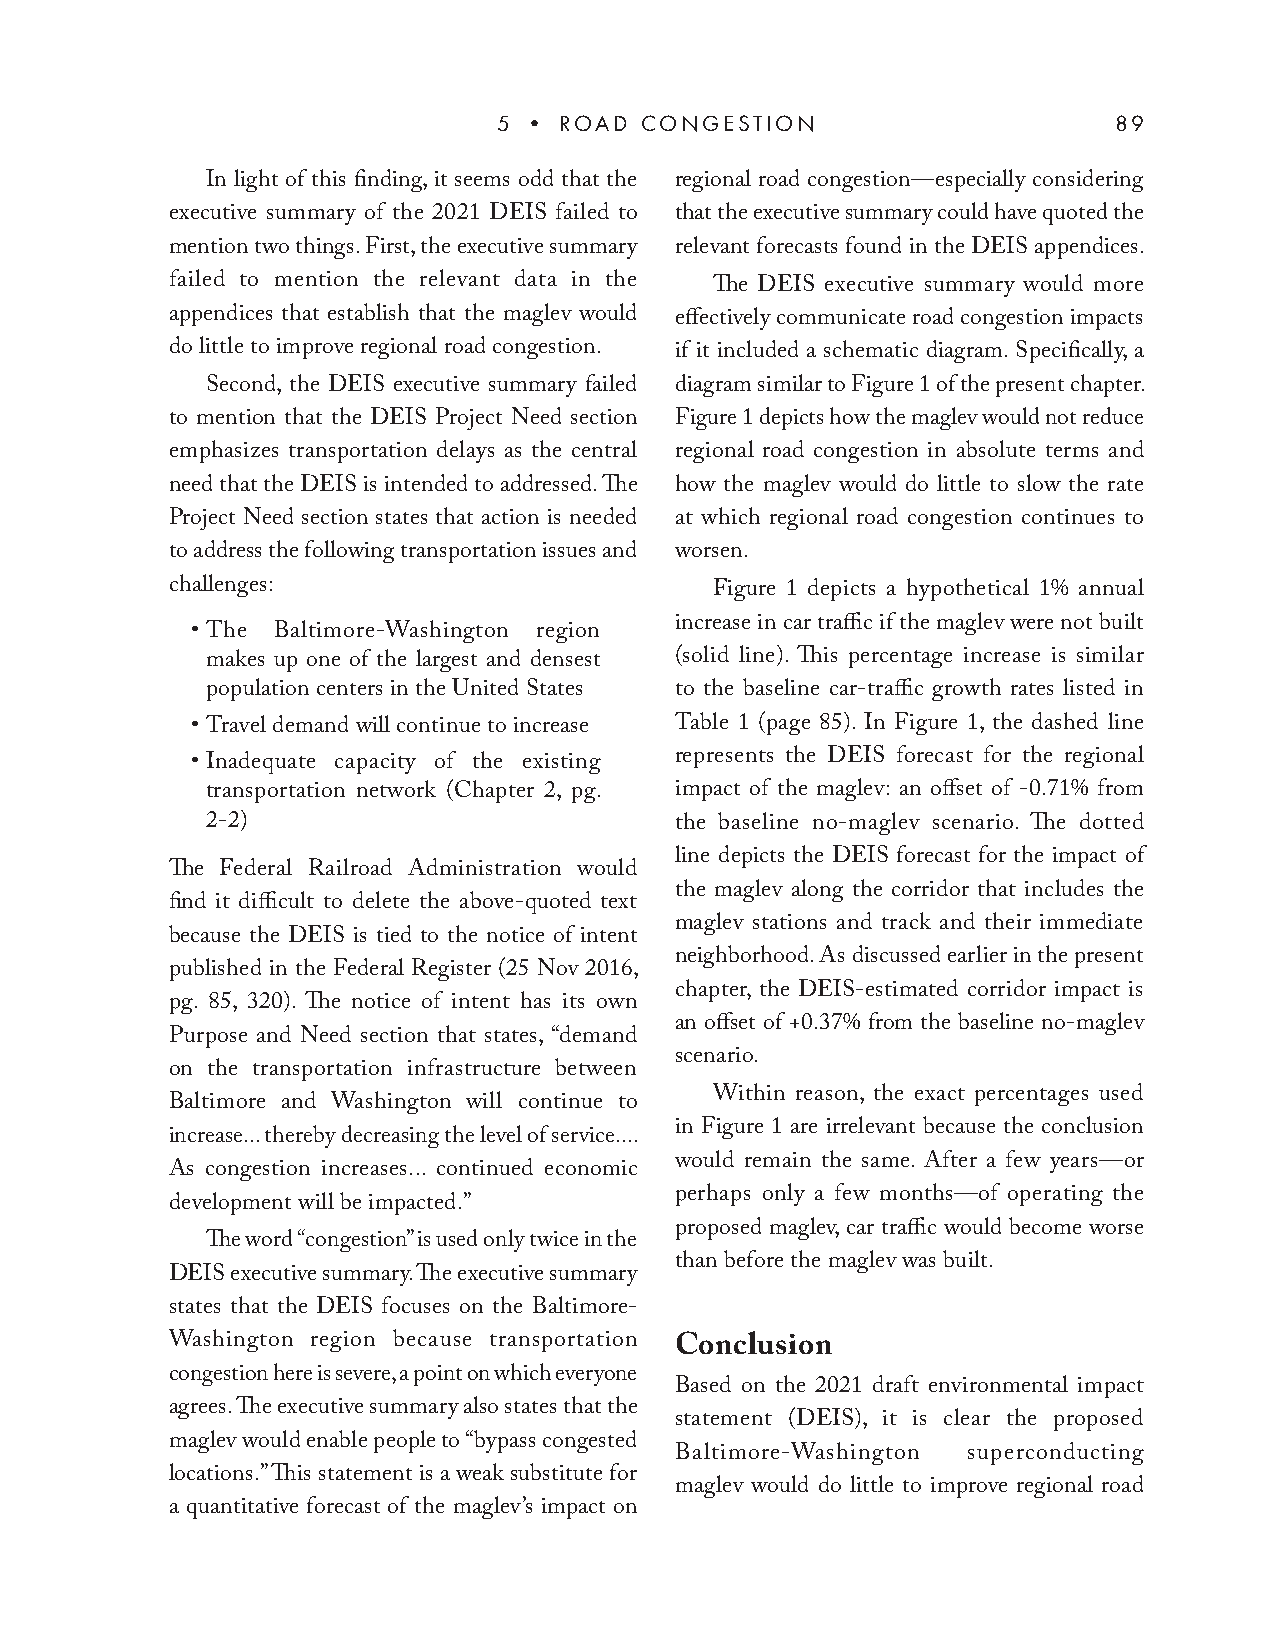
5 • ROAD CONGESTION                      89
 In light of this finding, it seems odd that the regional road congestion—especially considering
 executive summary of the 2021 DEIS failed to that the executive summary could have quoted the
 mention two things. First, the executive summary relevant forecasts found in the DEIS appendices.
 failed to mention the relevant data in the The DEIS executive summary would more
 appendices that establish that the maglev would effectively communicate road congestion impacts
 do little to improve regional road congestion. if it included a schematic diagram. Specifically, a
 Second, the DEIS executive summary failed diagram similar to Figure 1 of the present chapter.
 to mention that the DEIS Project Need section Figure 1 depicts how the maglev would not reduce
 emphasizes transportation delays as the central regional road congestion in absolute terms and
 need that the DEIS is intended to addressed. The how the maglev would do little to slow the rate
 Project Need section states that action is needed at which regional road congestion continues to
 to address the following transportation issues and worsen.
 challenges:                         Figure 1 depicts a hypothetical 1% annual
 increase in car traffic if the maglev were not built
 • The Baltimore-Washington region
 makes up one of the largest and densest (solid line). This percentage increase is similar
 population centers in the United States to the baseline car-traffic growth rates listed in
 • Travel demand will continue to increase Table 1 (page 85). In Figure 1, the dashed line
 • Inadequate capacity of the existing represents the DEIS forecast for the regional
 transportation network (Chapter 2, pg. impact of the maglev: an offset of -0.71% from
 2-2)                           the baseline no-maglev scenario. The dotted
 line depicts the DEIS forecast for the impact of
 The Federal Railroad Administration would
 the maglev along the corridor that includes the
 find it difficult to delete the above-quoted text
 maglev stations and track and their immediate
 because the DEIS is tied to the notice of intent
 neighborhood. As discussed earlier in the present
 published in the Federal Register (25 Nov 2016,
 chapter, the DEIS-estimated corridor impact is
 pg. 85, 320). The notice of intent has its own
 an offset of +0.37% from the baseline no-maglev
 Purpose and Need section that states, “demand
 scenario.
 on the transportation infrastructure between
 Within reason, the exact percentages used
 Baltimore and Washington will continue to
 in Figure 1 are irrelevant because the conclusion
 increase... thereby decreasing the level of service....
 would remain the same. After a few years—or
 As congestion increases... continued economic
 perhaps only a few months—of operating the
 development will be impacted.”
 proposed maglev, car traffic would become worse
 The word “congestion” is used only twice in the
 than before the maglev was built.
 DEIS executive summary. The executive summary
 states that the DEIS focuses on the Baltimore-
 Washington region because transportation Conclusion
 congestion here is severe, a point on which everyone
 Based on the 2021 draft environmental impact
 agrees. The executive summary also states that the
 statement (DEIS), it is clear the proposed
 maglev would enable people to “bypass congested
 Baltimore-Washington superconducting
 locations.” This statement is a weak substitute for
 maglev would do little to improve regional road
 a quantitative forecast of the maglev’s impact on